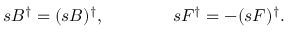
s B ^ { \dagger } = ( s B ) ^ { \dagger } , \qquad \qquad s F ^ { \dagger } = - ( s F ) ^ { \dagger } .